Report on lock hospitals in British Burma
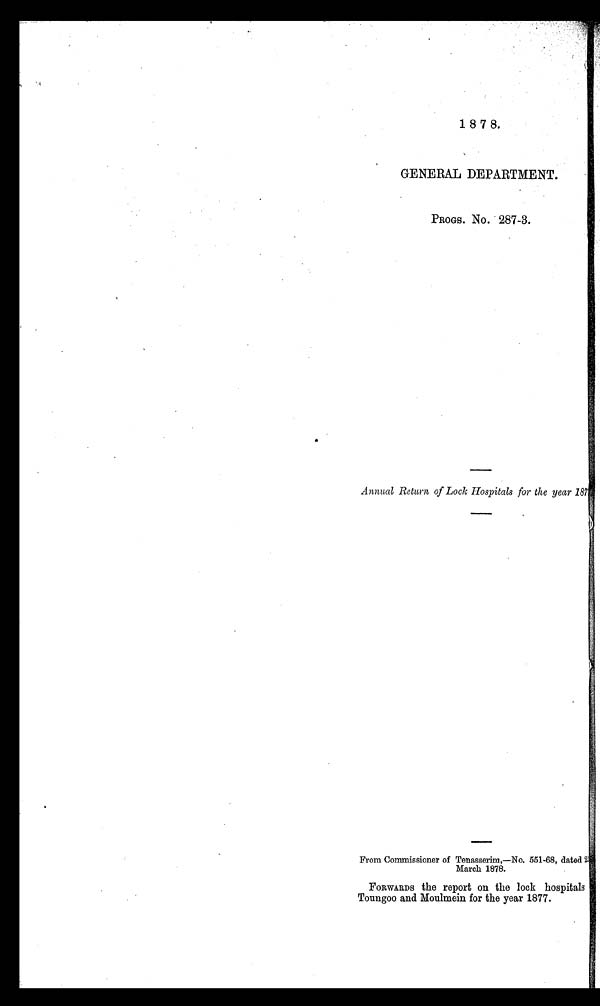
1 8 7 8.
GENERAL DEPARTMENT.
PROGS. No. 287-3.
Annual Return of Lock Hospitals for the year 187
From Commissioner of Tenasserim,—No. 551-68, dated 2
March 1878.
FORWARDS the report on the lock hospitals
Toungoo and Moulmein for the year 1877.